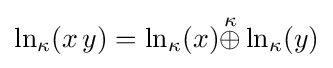
\ln _{\kappa }(x\,y)=\ln _{\kappa }(x){\stackrel {\kappa }{\oplus }}\ln _{\kappa }(y)